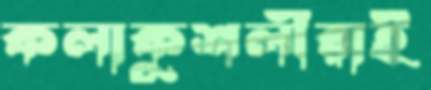
কলাকুশলীরাই